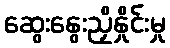
ဆွေးနွေးညှိနှိုင်းမှု